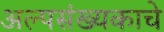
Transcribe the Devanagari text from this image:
अल्पसंख्यकाचे